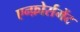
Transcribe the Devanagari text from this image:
एन्फ़ोर्समेंट